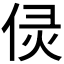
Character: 𠈳